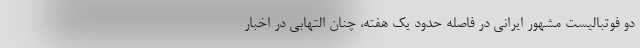
دو فوتبالیست مشهور ایرانی در فاصله حدود یک هفته، چنان التهابی در اخبار